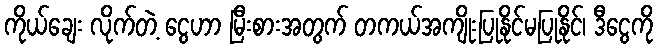
ကိုယ်ချေး လိုက်တဲ့ ငွေဟာ မြီးစားအတွက် တကယ်အကျိုးပြုနိုင်မပြုနိုင်၊ ဒီငွေကို